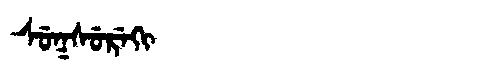
Manchu: ᠰᡠᡴᠰᡠᡵᡝᡴᡳ
Romanization: SUKSUREKI